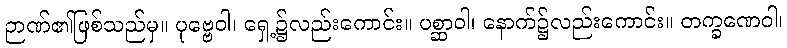
ဉာဏ်၏ဖြစ်သည်မှ။ ပုဗ္ဗေဝါ၊ ရှေ့၌လည်းကောင်း။ ပစ္ဆာဝါ၊ နောက်၌လည်းကောင်း။ တက္ခဏေဝါ၊